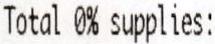
TOTAL 0% SUPPLIES: